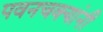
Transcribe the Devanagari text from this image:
पवनचक्यांनी